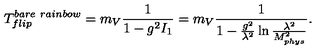
T _ { f l i p } ^ { b a r e \ r a i n b o w } = m _ { V } \frac { 1 } { 1 - g ^ { 2 } I _ { 1 } } = m _ { V } \frac { 1 } { 1 - \frac { g ^ { 2 } } { \lambda ^ { 2 } } \ln \frac { \lambda ^ { 2 } } { M _ { p h y s } ^ { 2 } } } .